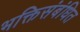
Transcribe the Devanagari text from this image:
भक्तिसंबंधित